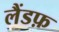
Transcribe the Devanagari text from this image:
लैंडफ़